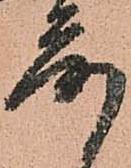
落